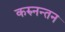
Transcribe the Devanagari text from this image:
करुनन्तन